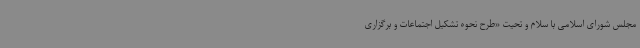
مجلس شورای اسلامی با سلام و تحیت «طرح نحوه تشکیل اجتماعات و برگزاری